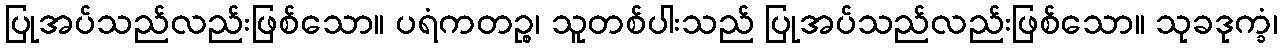
ပြုအပ်သည်လည်းဖြစ်သော။ ပရံကတဉ္စ၊ သူတစ်ပါးသည် ပြုအပ်သည်လည်းဖြစ်သော။ သုခဒုက္ခံ၊